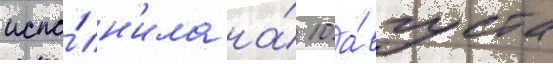
испо́лн'ила на́ 10 а́вгуста